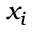
x _ { i }